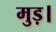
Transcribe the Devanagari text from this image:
मुड़।